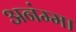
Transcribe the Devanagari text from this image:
अनंम्मा